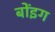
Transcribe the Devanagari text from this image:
बोंइग